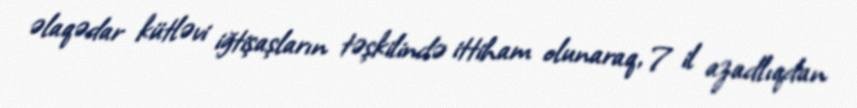
əlaqədar kütləvi iğtişaşların təşkilində ittiham olunaraq, 7 il azadlıqdan